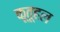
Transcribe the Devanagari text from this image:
कूतूहल